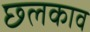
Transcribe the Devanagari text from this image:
छ्लकाव